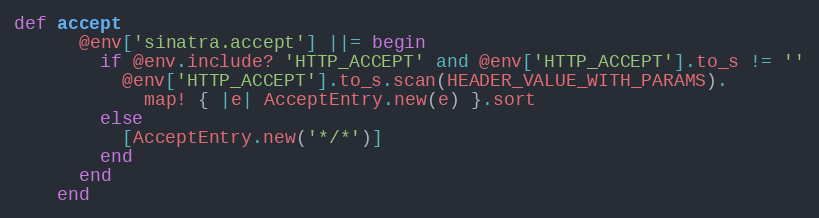
Language: Ruby
def accept
      @env['sinatra.accept'] ||= begin
        if @env.include? 'HTTP_ACCEPT' and @env['HTTP_ACCEPT'].to_s != ''
          @env['HTTP_ACCEPT'].to_s.scan(HEADER_VALUE_WITH_PARAMS).
            map! { |e| AcceptEntry.new(e) }.sort
        else
          [AcceptEntry.new('*/*')]
        end
      end
    end